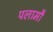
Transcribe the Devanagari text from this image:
पलामौ